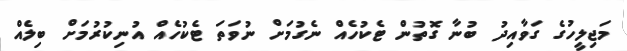
މަޖިލީހުގެ ގަވާއިދު ބުނާ ގޮތުން ޓެކުހެއް ނެގުމަށް ނުވަތަ ޓެކުހެއް އުނިކުރުމަށް ބިލެއް